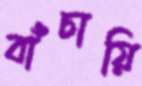
বাঁচায়ি